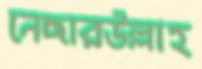
নেছারউল্লাহ